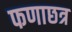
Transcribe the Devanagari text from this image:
फणाछत्र